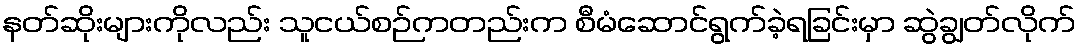
နတ်ဆိုးများကိုလည်း သူငယ်စဉ်ကတည်းက စီမံဆောင်ရွက်ခဲ့ရခြင်းမှာ ဆွဲချွတ်လိုက်